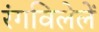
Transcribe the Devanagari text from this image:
रंगविलेलें